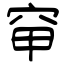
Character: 䆘